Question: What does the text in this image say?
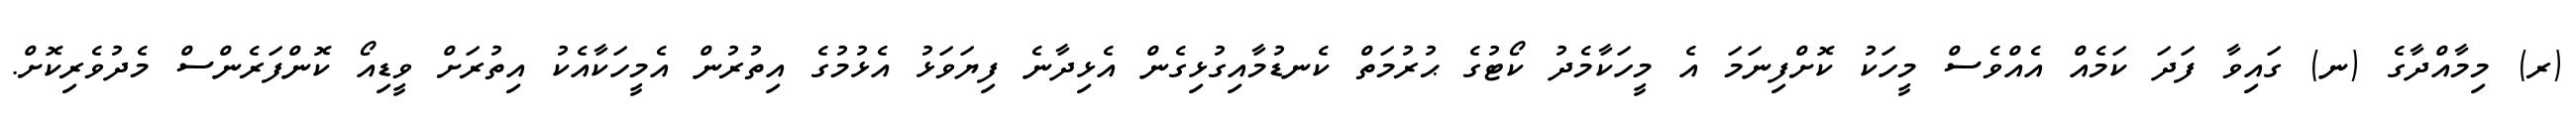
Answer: (ރ) މިމާއްދާގެ (ނ) ގައިވާ ފަދަ ކަމެއް އެއްވެސް މީހަކު ކޮށްފިނަމަ އެ މީހަކާމެދު ކޯޓުގެ ޙުރުމަތް ކެނޑުމާއިގުޅިގެން އެޅިދާނެ ފިޔަވަޅު އެޅުމުގެ އިތުރުން އެމީހަކާއެކު އިތުރަށް ވީޑިއޯ ކޮންފަރެންސް މެދުވެރިކޮށް.